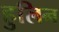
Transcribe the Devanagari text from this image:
हुलिन